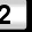
Digit: 2